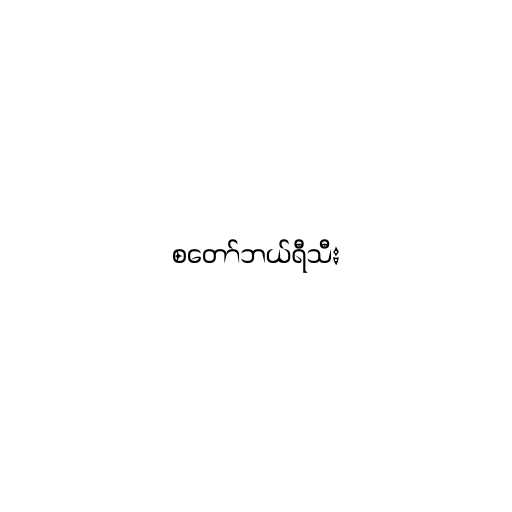
စတော်ဘယ်ရီသီး